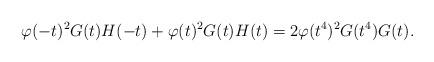
LaTeX: \begin{align*} \varphi(-t)^2G(t)H(-t)+\varphi(t)^2G(t)H(t) = 2\varphi(t^4)^2G(t^4)G(t).\end{align*}